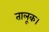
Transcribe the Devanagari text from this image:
तालूक।